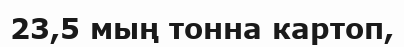
23,5 мың тонна картоп,